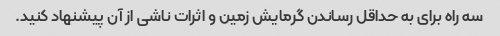
سه راه برای به حداقل رساندن گرمایش زمین و اثرات ناشی از آن پیشنهاد کنید.